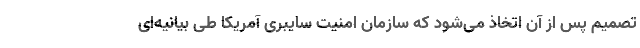
تصمیم پس از آن اتخاذ می‌شود که سازمان امنیت سایبری آمریکا طی بیانیه‌ای